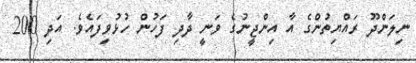
ނިލަންދޫ ރައްޔިތުންގެ އާ އިންޖީނުގެ ވަނީ ދާދި ފަހުން ހުޅުވިފައެވެ. އަދި 200